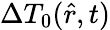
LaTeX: \Delta T_{0}(\hat{r},t)